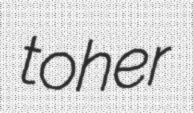
toher